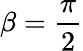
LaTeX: \beta=\frac{\pi}{2}